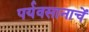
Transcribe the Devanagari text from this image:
पर्यवसानाचें